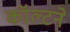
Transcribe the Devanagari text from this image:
कॉल्टने